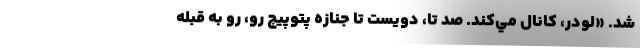
شد. «لودر، كانال مي‌كند. صد تا، دويست تا جنازه پتوپيچ رو، رو به قبله